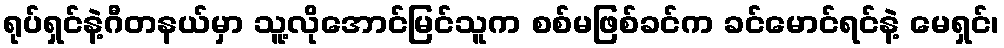
ရုပ်ရှင်နဲ့ဂီတနယ်မှာ သူ့လိုအောင်မြင်သူက စစ်မဖြစ်ခင်က ခင်မောင်ရင်နဲ့ မေရှင်၊